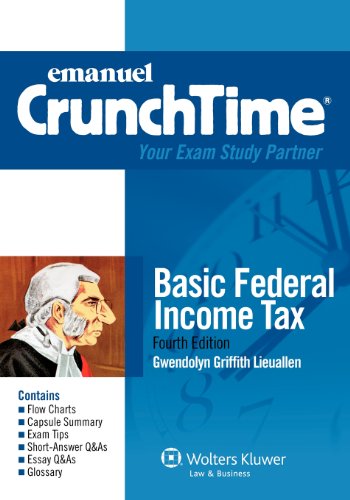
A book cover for Crunchtime: Basic Federal Income Tax, Fourth Edition; Gwendolyn Griffith Lieuallen; Law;